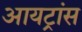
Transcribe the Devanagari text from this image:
आयट्रांस